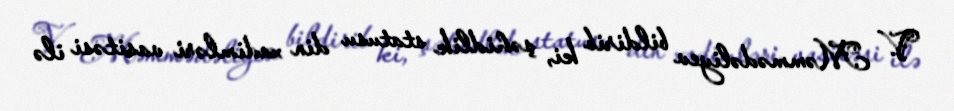
V. Məmmədəliyev bildirib ki, şəhidlik statusu din xadimləri vasitəsi ilə